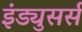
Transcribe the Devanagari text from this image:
इंड्युसर्स